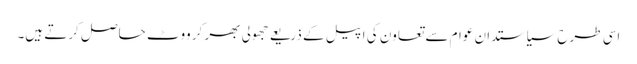
اسی طرح سیاستدان عوام سے تعاون کی اپیل کے ذریعے جھولی بھر کر ووٹ حاصل کرتے ہیں۔